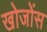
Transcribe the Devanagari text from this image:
खोजोंस